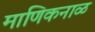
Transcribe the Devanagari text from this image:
माणिकनाळ